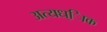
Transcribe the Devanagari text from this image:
अत्यध्ािक